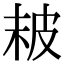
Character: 𤿖